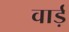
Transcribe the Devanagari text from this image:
वार्ड़